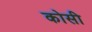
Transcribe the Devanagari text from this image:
काेसी